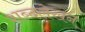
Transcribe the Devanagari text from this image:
शब्दलेखन